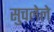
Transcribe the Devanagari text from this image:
सुचलेले